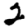
Digit: 2